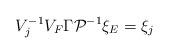
LaTeX: \begin{align*}V^{-1}_jV_F\Gamma {\cal P}^{-1}\xi _E=\xi _j\end{align*}